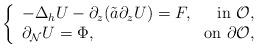
LaTeX: \begin{align*} \left\{ \begin{array}{lr} - \Delta_hU-\partial_z(\tilde a\partial_zU)=F,&\mbox{in }\mathcal O, \\ \partial_{\mathcal N} U=\Phi,&\mbox{on }\partial\mathcal O, \end{array} \right.\end{align*}